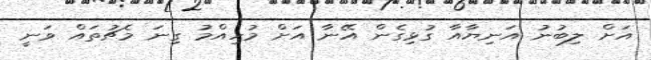
އަށް ލިބުނު އަނިޔާއާ ގުޅިގެން އޭނާ އަށް މުހިއްމު ގިނަ މެޗުތައް ވަނީ